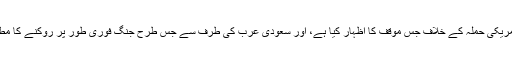
مصر کے صدر حسنی مبارک اور اردن کے شاہ عبد اللہ نے رسمی طور پر ہی سہی مگر عراق پر امریکی حملہ کے خلاف جس موقف کا اظہار کیا ہے، اور سعودی عرب کی طرف سے جس طرح جنگ فوری طور پر روکنے کا مطالبہ کیا جا رہا ہے، اسے عراقی عوام کی جرأت رندانہ کے صدائے بازگشت ہی قرار دیا جا سکتاہے۔